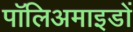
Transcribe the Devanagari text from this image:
पॉलिअमाइडों